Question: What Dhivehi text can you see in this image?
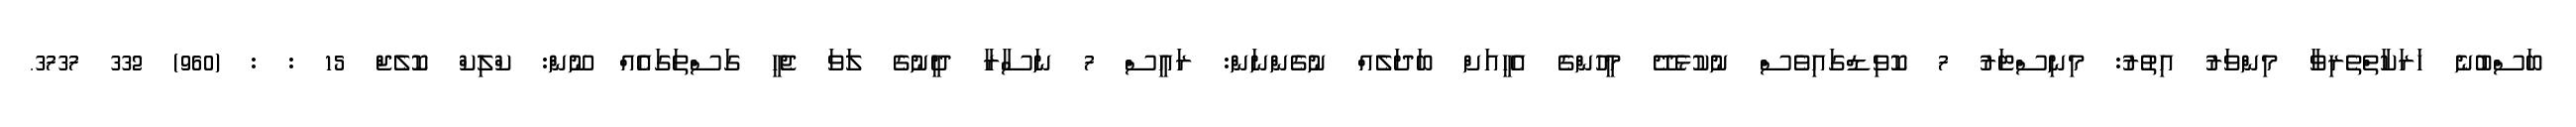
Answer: ބަސްބުނެ ހަރަކާތްތެރިވާ މިންވަރު އިތުރު: މިނިސްޓަރު 7 ކޮވިޑްގައިވެސް ނުކުޅެދޭ މީހުންގެ އެހީއަށް ބަދަލެއް ނުގެންނަން: ރައީސް 7 ނަސާރާ ދީނުގެ ލަވަ ޖެހީ ގަސްތަގައެއް ނޫން: ކްލިކް ކޮލެޖް 15 : : (960) 332 3737.